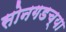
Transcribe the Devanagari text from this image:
सोनगडच्या